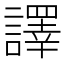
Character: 譯